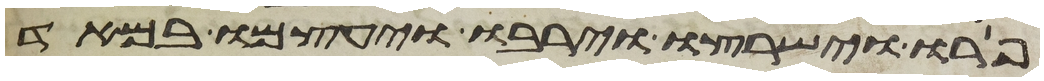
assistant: פרו וישרצו וירבו ויעצמו במאד